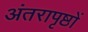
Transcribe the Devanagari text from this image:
अंतरापृष्ठों